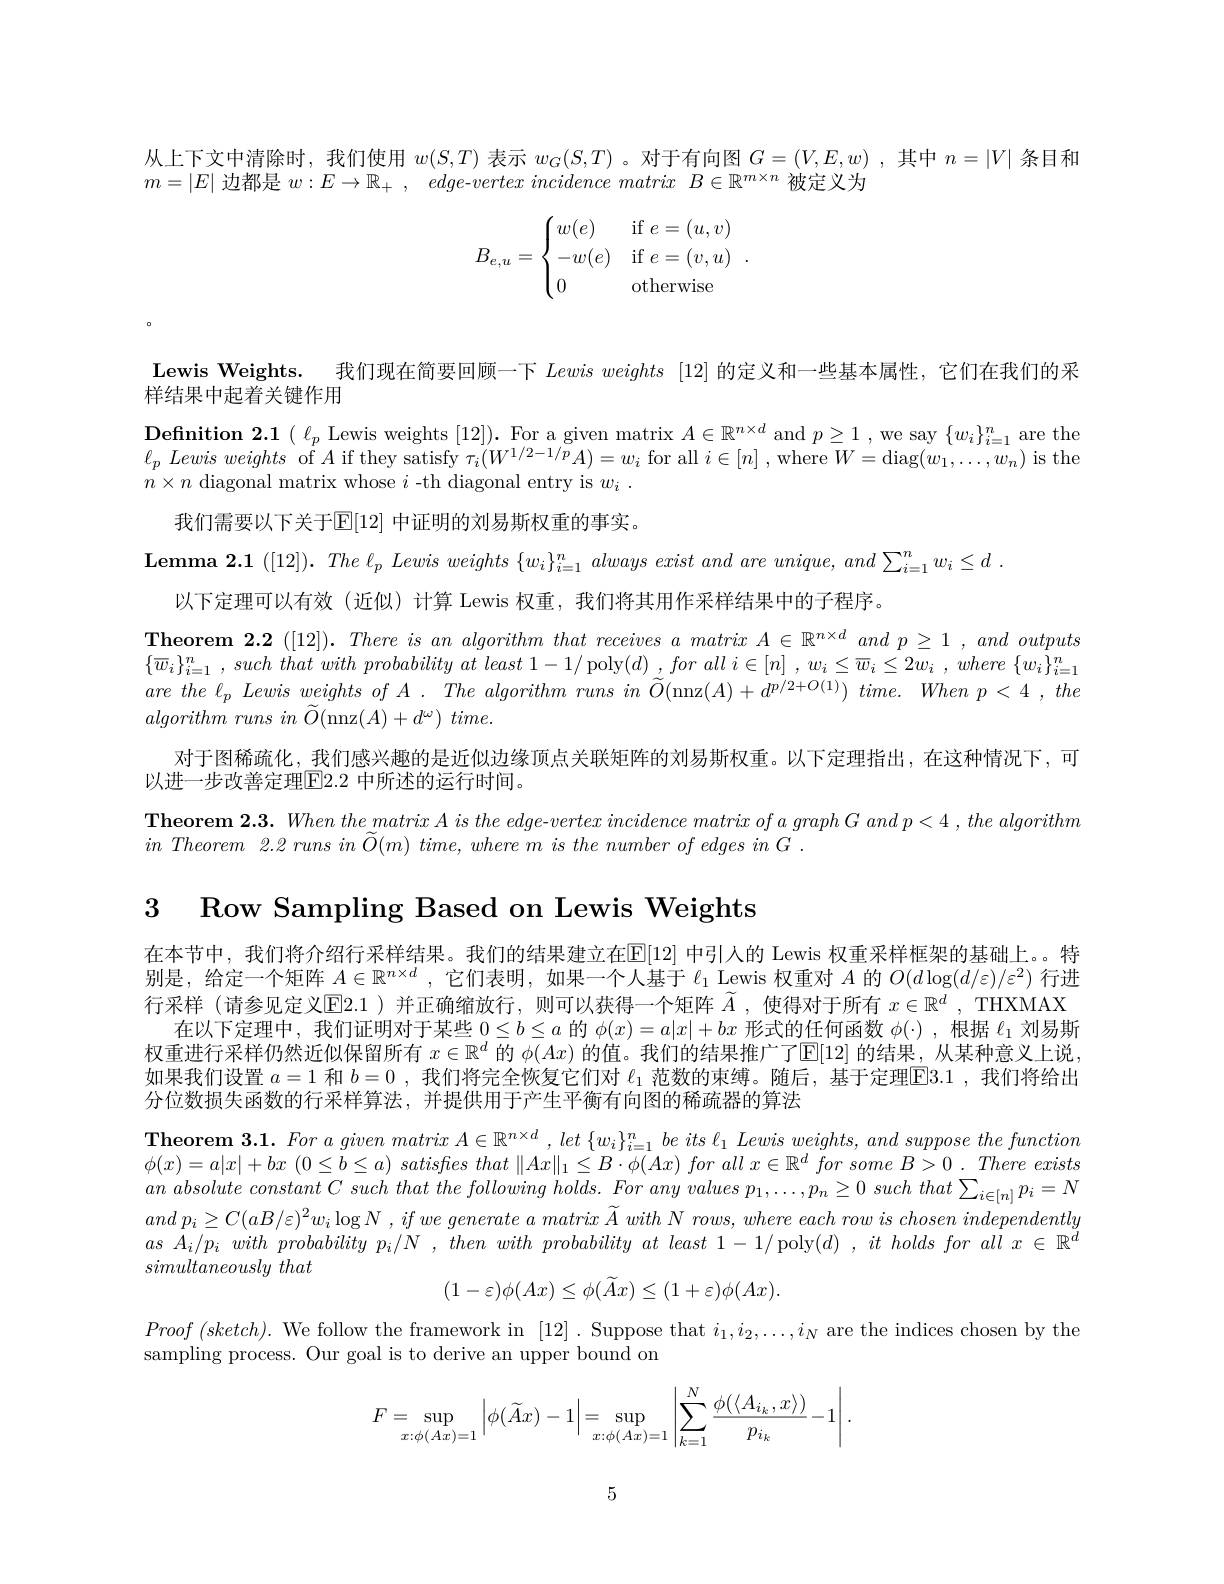
从上下文中清除时，我们使用$w(S,T)$表示$w_G(S,T)$ 。对于有向图$G=(V,E,w)$ ,其中$n=|V|$条目和
$m=|E|$边都是$w: E\to \mathbb{R} _+ $, edge-$vertex\textit{ incidence matrix }B\in \mathbb{R} ^{m\times n}$被定义为
$$B_{e,u}=\begin{cases}w(e)&\text{if}e=(u,v)\\-w(e)&\text{if}e=(v,u)\\0&\text{otherwise}\end{cases}.$$
Lewis Weights. 我们现在简要回顾一下Lewisweights [12]的定义和一些基本属性，它们在我们的采
样结果中起着关键作用
$\textbf{Definition 2. 1}( \ell _p$ Lewis weights [12]). For a given matrix $A\in\mathbb{R}^n\times d$ and $p\geq1$, we say $\{w_i\}_i=1^n$ are the $\ell _{p}\textit{ Lewis weights of }A$ if they satisfy $\tau_i(W^{1/2-1/p}A)=w_i$ for all $i\in[n]$,where$W=$diag$(w_1,\ldots,w_n)$ is the $n\times n$ diagonal matrix whose $i$ -th diagonal entry is $w_i.$
我们需要以下关于$\mathbb{E}[12]$ 中证明的刘易斯权重的事实。
$\textbf{Lemma 2. 1 }( [ 12] ) . \textit{ The l}_{p}\textit{ Lewis weights }\{ w_{i}\} _{i= 1}^{n}\textit{ always exist and are unique, and }\sum _{i= 1}^{n}w_{i}\leq d$ .
以下定理可以有效(近似)计算 Lewis 权重，我们将其用作采样结果中的子程序。
Theorem 2.2 ([12]). There is an algorithm that receives a matrix A $\in\mathbb{R}^{n\times d}$ and $p\geq 1, and\textit{outputs}$ $\{ \overline {w}_{i}\} _{i= 1}^{n}$ , such that with probability $at$ least 1-1/ poly$( d)$ , for all $i\in [ n]$ , $w_{i}\leq \overline {w}_{i}\leq 2w_{i}$ , where $\{ w_{i}\} _{i= 1}^{n}$ are the $\ell _{p}$ Lewis weights $of$ $A$ . The algorithm runs $in$ $\widetilde{O} ($nnz$( A) + d^{p/ 2+ O( 1) })$ $time.$ When $p< 4$ $, the$ $algorithm~runs~in~\widetilde{O}($nnz$(A)+d^\omega)~time.$
对于图稀疏化，我们感兴趣的是近似边缘顶点关联矩阵的刘易斯权重。以下定理指出，在这种情况下，可
以进一步改善定理E[2.2 中所述的运行时间。
Theorem 2.3. When the matrix A is the edge-vertex incidence matrix of a graph G and p < 4 , the algorithm
$in\textit{ Theorem 2. 2 runs in \~ {O}}( m) \textit{ time, where m is the number of edges in G . }$

3 Row Sampling Based on Lewis Weights

在本节中，我们将介绍行采样结果。我们的结果建立在$\mathbb{E}[12]$ 中引人的 Lewis 权重采样框架的基础上。特别是，给定一个矩阵$A\in\mathbb{R}^n\times d$ ,它们表明，如果一个人基于$\ell_1$ Lewis 权重对$A$的$O(d\log(d/\varepsilon)/\varepsilon^2)$行进行采样(请参见定义$\underline{\mathrm{E}}$2.1)并正确缩放行，则可以获得一个矩阵 $\widetilde{A}$ ,使得对于所有 $x\in\mathbb{R}^d$, THXMAX
在以下定理中，我们证明对于某些$0\leq b\leq a$的$\phi(x)=a|x|+bx$形式的任何函数$\phi(\cdot)$ ,根据$\ell_1$刘易斯权重进行采样仍然近似保留所有$x\in\mathbb{R}^d$的$\phi(Ax)$的值。我们的结果推广了$\mathbb{E}[12]$的结果，从某种意义上说， 如果我们设置$a=1$和$b=0$ ,我们将完全恢复它们对$\ell_1$范数的束缚。随后，基于定理E3.1 ,我们将给出分位数损失函数的行采样算法，并提供用于产生平衡有向图的稀疏器的算法

$\textbf{Theorem 3. 1. For a given matrix }A\in \mathbb{R} ^{n\times d}, let\left \{ w_i\right \} _{i= 1}^nbe\textit{ its }\ell _1\textit{ Lewis weights, and suppose the function}$ $\phi ( x) = a| x| + bx$ $( 0\leq \bar{b} \leq a)$ satisfies that $\| Ax\| _1\leq B\cdot \phi ( Ax)$ for all $x\in \mathbb{R} ^d$ $\bar{f} or$ some $B> 0$ . There exists $an\textit{ absolute constant C such that the following holds. For any values }p_{1}, \ldots , p_{n}\geq 0\textit{ such that }\sum _{i\in [ n] }p_{i}= N$ and $p_{i}\geq C( aB/ \varepsilon ) ^{2}w_{i}\log N$ , $if$ $we$ generate $a$ matrix $\widetilde{A}$ with $N$ $rows$, where each row $is$ chosen independently $as$ $A_i/ p_i$ with probability $p_i/ N$ , then with probability $at$ least 1-1/poly$( d)$ , $it$ holds for all $x\in \mathbb{R} ^d$ simultaneously that
$$(1-\varepsilon)\phi(Ax)\leq\phi(\tilde{A}x)\leq(1+\varepsilon)\phi(Ax).$$
Proof $( sketch) .$ We follow the framework in [12]. Suppose that $i_1,i_{2},\ldots,i_{N}$ are the indices chosen by the
sampling process. Our goal is to derive an upper bound on
$$F=\sup\limits_{x:\phi(Ax)=1}\left|\phi(\widetilde{A}x)-1\right|=\sup\limits_{x:\phi(Ax)=1}\left|\sum\limits_{k=1}^N\frac{\phi(\langle A_{i_k},x\rangle)}{p_{i_k}}-1\right|.$$
5